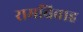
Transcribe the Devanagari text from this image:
रामविवाह